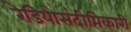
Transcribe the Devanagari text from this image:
रेडियोसंदीप्तिकारी